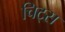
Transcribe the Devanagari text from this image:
चिट्स